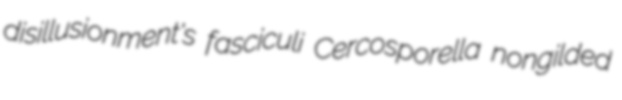
disillusionment's fasciculi Cercosporella nongilded